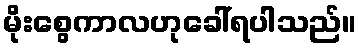
မိုးစွေကာလဟုခေါ်ရပါသည်။